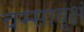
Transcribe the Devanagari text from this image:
वम्सावृक्षं